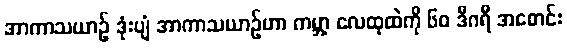
အာကာသယာဉ် ဒုံးပျံ အာကာသယာဉ်ဟာ ကမ္ဘာ့ လေထုထဲကို ၆၀ ဒီဂရီ အစောင်း